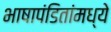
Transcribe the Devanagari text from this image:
भाषापंडितांमध्ये